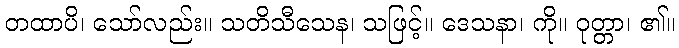
တထာပိ၊ သော်လည်း။ သတိသီသေန၊ သဖြင့်။ ဒေသနာ၊ ကို။ ဝုတ္တာ၊ ၏။